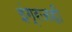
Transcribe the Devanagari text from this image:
इंग्रजही